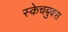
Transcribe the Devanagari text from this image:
स्केचबुक्स